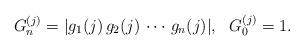
LaTeX: \begin{align*} G^{(j)}_n=|g_1(j)\, g_2(j)\,\cdots\, g_n(j)|, \ \ G^{(j)}_0=1.\end{align*}